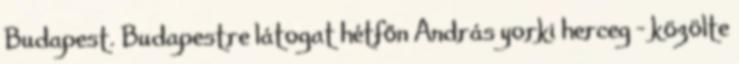
Budapest. Budapestre látogat hétfőn András yorki herceg – közölte